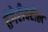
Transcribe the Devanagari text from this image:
हंगेरीवरील